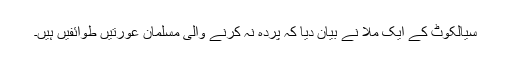
سیالکوٹ کے ایک ملا نے بیان دیا کہ پردہ نہ کرنے والی مسلمان عورتیں طوائفیں ہیں۔